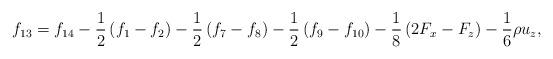
LaTeX: \begin{align*}{f_{13}} = {f_{14}} - \frac{1}{2}\left( {{f_1} - {f_2}} \right) - \frac{1}{2}\left( {{f_7} - {f_8}} \right) - \frac{1}{2}\left( {{f_9} - {f_{10}}} \right) - \frac{1}{8}\left( {2{F_x} - {F_z}} \right) - \frac{1}{6}\rho {u_z},\end{align*}